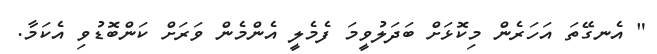
" އެނގޭތަ އަހަރެން މިކޮޅަށް ބަދަލުވީމަ ފެމެލީ އެންމެން ވަރަށް ކަންބޮޑުވި އެކަމާ.